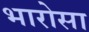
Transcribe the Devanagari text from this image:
भारोसा